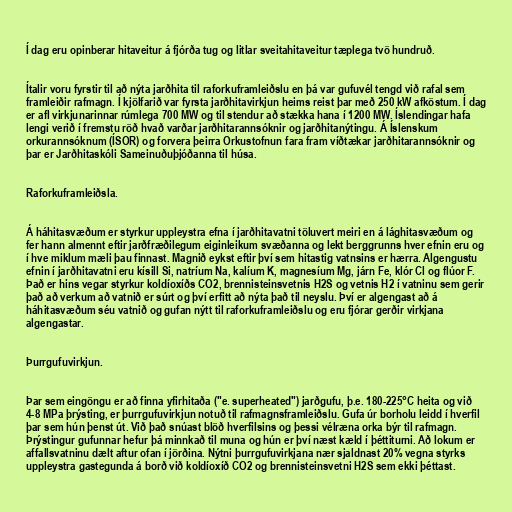
Í dag eru opinberar hitaveitur á fjórða tug og litlar sveitahitaveitur tæplega tvö hundruð.

Ítalir voru fyrstir til að nýta jarðhita til raforkuframleiðslu en þá var gufuvél tengd við rafal sem
framleiðir rafmagn. Í kjölfarið var fyrsta jarðhitavirkjun heims reist þar með 250 kW afköstum. Í dag
er afl virkjunarinnar rúmlega 700 MW og til stendur að stækka hana í 1200 MW. Íslendingar hafa
lengi verið í fremstu röð hvað varðar jarðhitarannsóknir og jarðhitanýtingu. Á Íslenskum
orkurannsóknum (ÍSOR) og forvera þeirra Orkustofnun fara fram víðtækar jarðhitarannsóknir og
þar er Jarðhitaskóli Sameinuðuþjóðanna til húsa.

Raforkuframleiðsla.

Á háhitasvæðum er styrkur uppleystra efna í jarðhitavatni töluvert meiri en á lághitasvæðum og
fer hann almennt eftir jarðfræðilegum eiginleikum svæðanna og lekt berggrunns hver efnin eru og
í hve miklum mæli þau finnast. Magnið eykst eftir því sem hitastig vatnsins er hærra. Algengustu
efnin í jarðhitavatni eru kísill Si, natríum Na, kalíum K, magnesíum Mg, járn Fe, klór Cl og flúor F.
Það er hins vegar styrkur koldíoxíðs CO2, brennisteinsvetnis H2S og vetnis H2 í vatninu sem gerir
það að verkum að vatnið er súrt og því erfitt að nýta það til neyslu. Því er algengast að á
háhitasvæðum séu vatnið og gufan nýtt til raforkuframleiðslu og eru fjórar gerðir virkjana
algengastar.

Þurrgufuvirkjun.

Þar sem eingöngu er að finna yfirhitaða ("e. superheated") jarðgufu, þ.e. 180-225°C heita og við
4-8 MPa þrýsting, er þurrgufuvirkjun notuð til rafmagnsframleiðslu. Gufa úr borholu leidd í hverfil
þar sem hún þenst út. Við það snúast blöð hverfilsins og þessi vélræna orka býr til rafmagn.
Þrýstingur gufunnar hefur þá minnkað til muna og hún er því næst kæld í þéttiturni. Að lokum er
affallsvatninu dælt aftur ofan í jörðina. Nýtni þurrgufuvirkjana nær sjaldnast 20% vegna styrks
uppleystra gastegunda á borð við koldíoxíð CO2 og brennisteinsvetni H2S sem ekki þéttast.